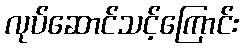
လုပ်ဆောင်သင့်ကြောင်း